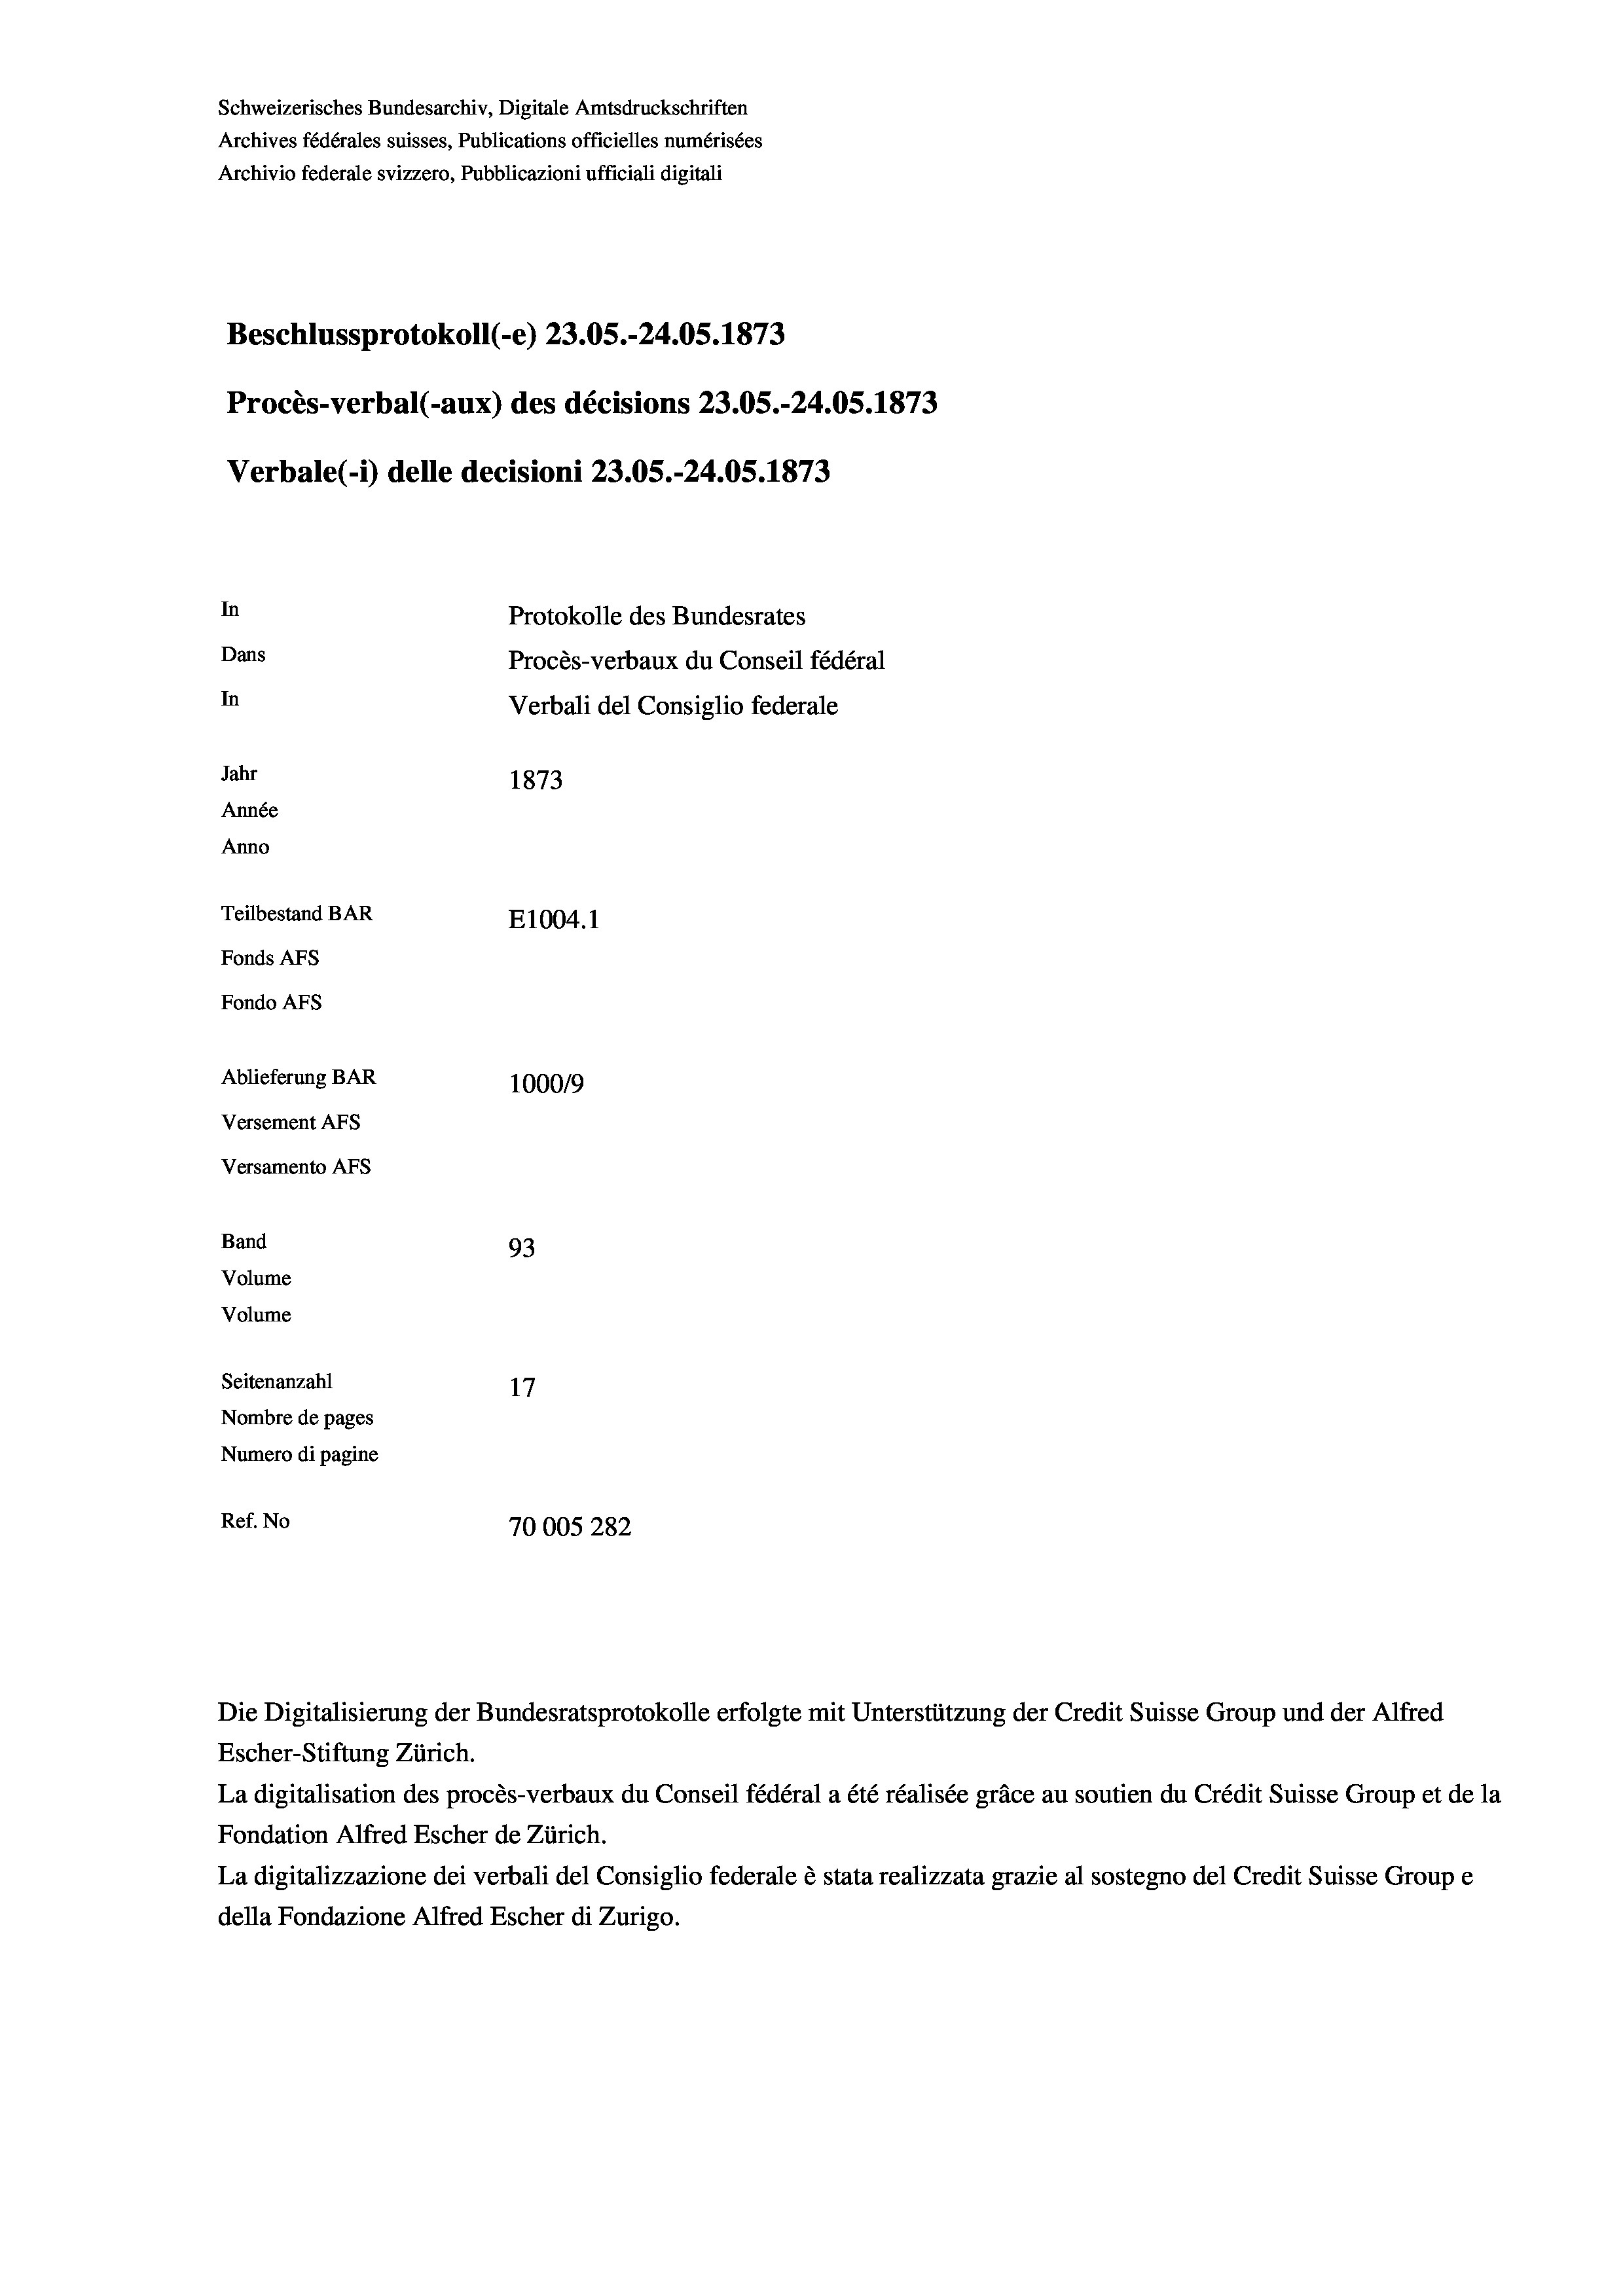
Schweizerisches Bundesarchiv, Digitale Amtsdruckschriften
Archives fédérales suisses, Publications officielles numérisées
Archivio federale svizzero, Pubblicazioni ufficiali digitali
Beschlussprotokoll (e) 23.05.-24.05. 1873
Procès-verbal (-aux) des décisions 23.05.-24.05. 1873
Verbale(*) delle decisioni 23.05.-24.05. 1873
In
Protokolle des Bundesrates
Dans
Procès-verbaux du Conseil fédéral
In
Verbali del Consiglio federale
Jahr
1873
Année
Anno
Teilbestand BAR
E1004. 1
Fonds AFs
Fondo AFS
Ablieferung BAR
100019
Versement AFs
Versamento AFs
Band
93
Volume
Volume
Seitenanzahl
17
Nombre de pages
Numero di pagine
Ref. No
70005 282

Die Digitalisierung der Bundesratsprotokolle erfolgte mit Unterstützung der Credit Suisse Group und der Alfred
Escher-Stiftung Zürich.
La digitalisation des procès-verbaux du Conseil fédéral a été réalisée gräce au soutien du Crédit Suisse Group et de la
Fondation Alfred Escher de Zürich.
La digitalizzazione dei verbali del Consiglio federale è stata realizzata grazie al sostegno del Credit Suisse Groupe
della Fondazione Alfred Escher di Zurigo.